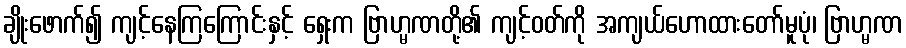
ချိုးဖောက်၍ ကျင့်နေကြကြောင်းနှင့် ရှေးက ဗြာဟ္မဏတို့၏ ကျင့်ဝတ်ကို အကျယ်ဟောထားတော်မူပုံ၊ ဗြာဟ္မဏ